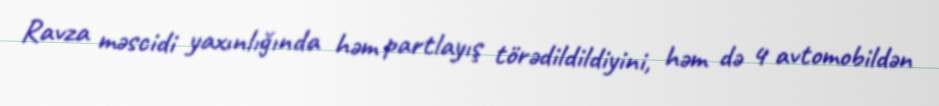
Ravza məscidi yaxınlığında həm partlayış törədildildiyini, həm də 4 avtomobildən